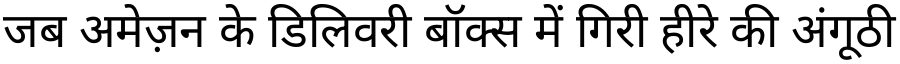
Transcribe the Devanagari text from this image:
जब अमेज़न के डिलिवरी बॉक्स में गिरी हीरे की अंगूठी